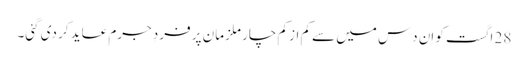
28 اگست کو اِن دَس میں سے کم از کم چار ملزمان پر فردِ جرم عاید کر دی گئی۔